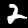
Label: 2